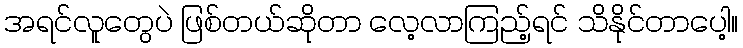
အရင်လူတွေပဲ ဖြစ်တယ်ဆိုတာ လေ့လာကြည့်ရင် သိနိုင်တာပေါ့။